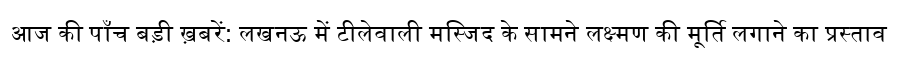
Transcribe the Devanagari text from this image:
आज की पाँच बड़ी ख़बरें: लखनऊ में टीलेवाली मस्जिद के सामने लक्ष्मण की मूर्ति लगाने का प्रस्ताव